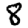
Digit: 8